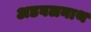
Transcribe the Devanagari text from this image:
अडबलनाथ